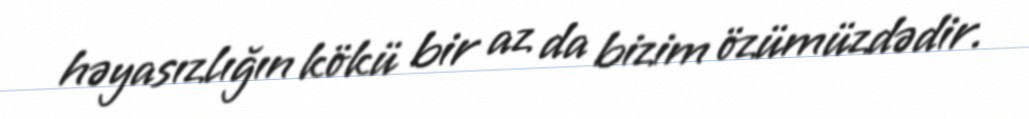
həyasızlığın kökü bir az da bizim özümüzdədir.